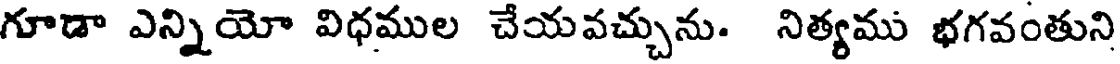
గూడా ఎన్నియో విధముల చేయవచ్చును. నిత్యము భగవంతుని